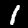
Digit: 1